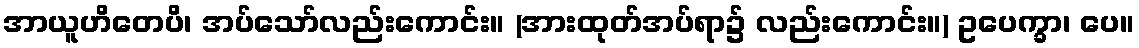
အာယူဟိတေပိ၊ အပ်သော်လည်းကောင်း။ (အားထုတ်အပ်ရာ၌ လည်းကောင်း။) ဥပေက္ခာ၊ ပေ။